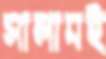
সালামই